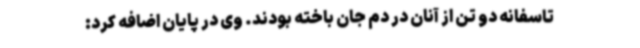
تاسفانه دو تن از آنان در دم جان باخته بودند. وی در پایان اضافه کرد: